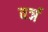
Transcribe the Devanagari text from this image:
वर्ञ